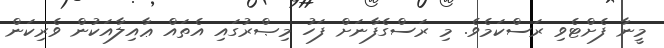
މީނާ ފެށްޓެވި ރަސްކަމެވެ. މި ރަސްގެފާނަށް ފަހު މިޞްރުގައި އެތައް ޢާއިލާއަކުން ވެރިކަން